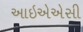
આઇએએસી